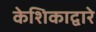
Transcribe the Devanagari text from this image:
केशिकाद्वारे